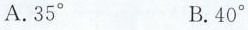
()A.35^{\circ} B.40^{\circ}